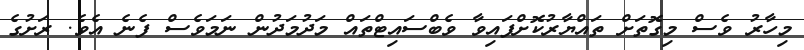
މިހާރު ވެސް މިގޮތަށް ތައްޔާރުކޮށްފައިވާ ވެބްސައިޓްތައް މަދުމަދުން ނަމަވެސް ފެނެ އެވެ. ރަށުގެ